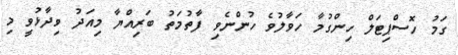
ގަމު ހޮސްޕިޓަލް ހިންގުމާ ހަވާލުވެ ހުންނެވި ފާތުމަތު ބަރިއްޔާ މިއަދު ވިދާޅުވީ މި